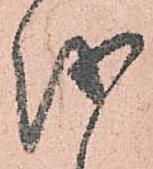
越